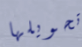
تحويلها